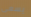
يسعى